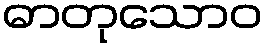
ဓာတုသောဝ